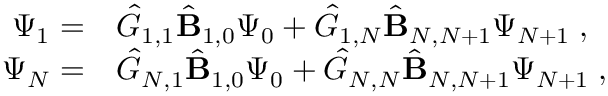
\begin{array} { r l } { \Psi _ { 1 } = } & { { \hat { G } } _ { 1 , 1 } \hat { \mathbf { B } } _ { 1 , 0 } \Psi _ { 0 } + { \hat { G } } _ { 1 , N } \hat { \mathbf { B } } _ { N , N + 1 } \Psi _ { N + 1 } \; , } \\ { \Psi _ { N } = } & { { \hat { G } } _ { N , 1 } \hat { \mathbf { B } } _ { 1 , 0 } \Psi _ { 0 } + { \hat { G } } _ { N , N } \hat { \mathbf { B } } _ { N , N + 1 } \Psi _ { N + 1 } \; , } \end{array}